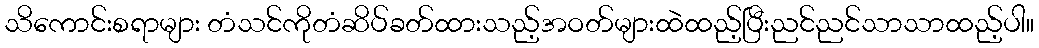
သိကောင်းစရာများ တံသင်ကိုတံဆိပ်ခတ်ထားသည့်အဝတ်များထဲထည့်ပြီးညင်ညင်သာသာထည့်ပါ။